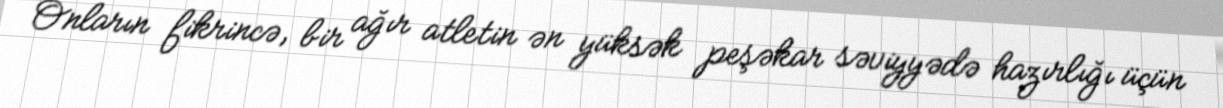
Onların fikrincə, bir ağır atletin ən yüksək peşəkar səviyyədə hazırlığı üçün